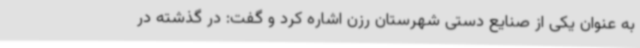
به عنوان یکی از صنایع دستی شهرستان رزن اشاره کرد و گفت: در گذشته در